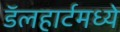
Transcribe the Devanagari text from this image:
डॅलहार्टमध्ये